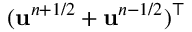
( \mathbf { u } ^ { n + 1 / 2 } + \mathbf { u } ^ { n - 1 / 2 } ) ^ { \top }